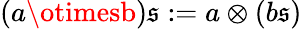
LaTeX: (a\otimesb)\mathfrak{s}:=a\otimes(b\mathfrak{s})